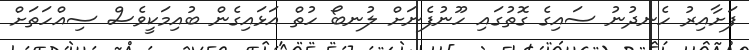
ފަށާއިރު ހެނދުނު ސައިގެ ގޮތުގައި ހޫނުފެނަށް ލުނބޯ ހުތް އަޅައިގެން ބުއިމަކީވެސް ސިއްހަތަށް